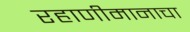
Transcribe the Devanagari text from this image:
रहाणीमानाचा